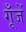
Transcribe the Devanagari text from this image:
गूँजें